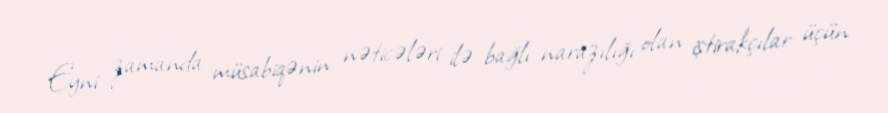
Eyni zamanda müsabiqənin nəticələri ilə bağlı narazılığı olan iştirakçılar üçün